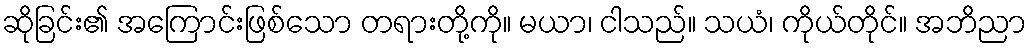
ဆိုခြင်း၏ အကြောင်းဖြစ်သော တရားတို့ကို။ မယာ၊ ငါသည်။ သယံ၊ ကိုယ်တိုင်။ အဘိညာ